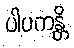
ပါပကန္တိ